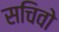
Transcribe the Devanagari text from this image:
सचिवो